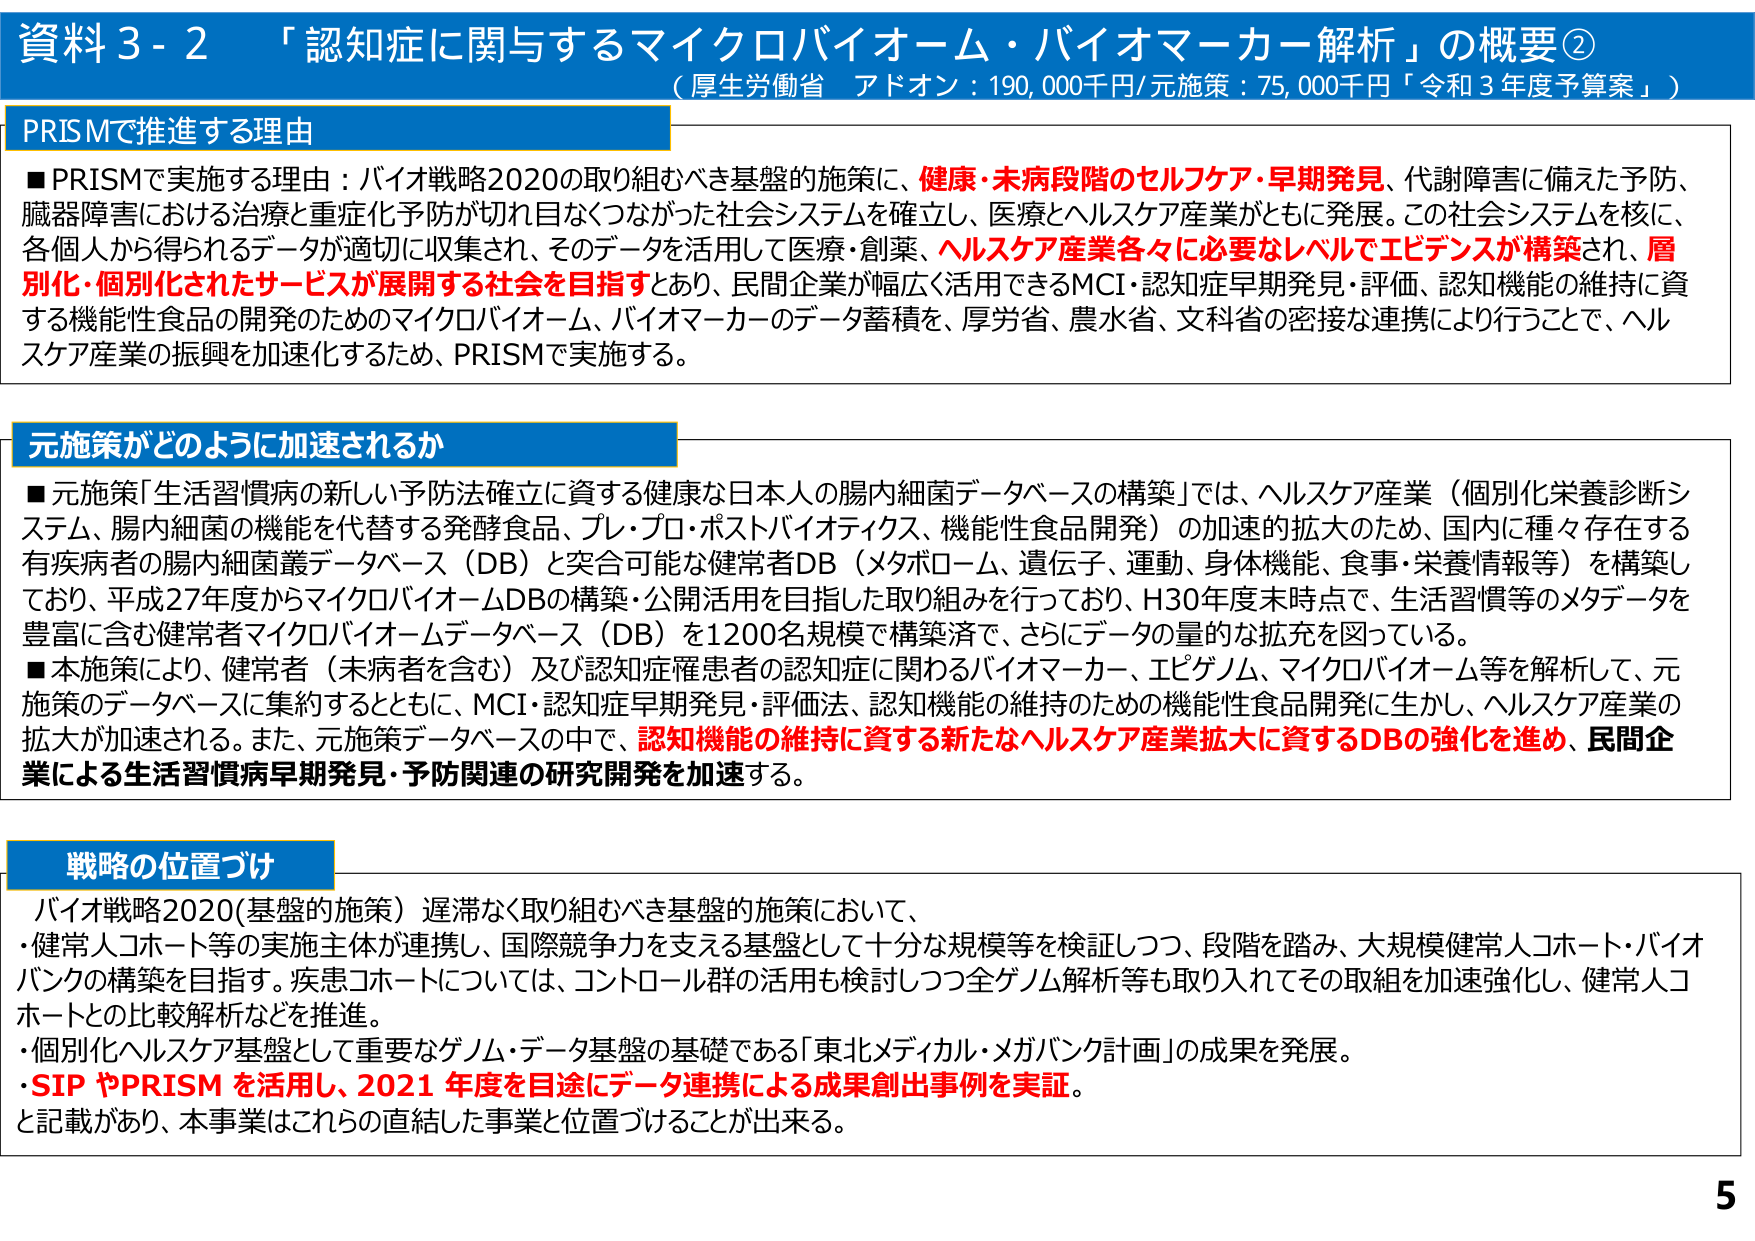
資料3-2 「認知症に関与するマイクロバイオーム・バイオマーカー解析」の概要②
（厚生労働省 アドオン：190,000千円/元施策：75,000千円「令和3年度予算案」）

PRISMで推進する理由
■PRISMで実施する理由：バイオ戦略2020の取り組むべき基盤的施策に、健康・未病段階のセルフケア・早期発見、代謝障害に備えた予防、臓器障害における治療と重症化予防が切れ目なくつながった社会システムを確立し、医療とヘルスケア産業がともに発展。この社会システムを核に、各個人から得られるデータが適切に収集され、そのデータを活用して医療・創薬、ヘルスケア産業各々に必要なレベルでエビデンスが構築され、層別化・個別化されたサービスが展開する社会を目指すとあり、民間企業が幅広く活用できるMCI・認知症早期発見・評価、認知機能の維持に資する機能性食品の開発のためのマイクロバイオーム、バイオマーカーのデータ蓄積を、厚労省、農水省、文科省の密接な連携により行うことで、ヘルスケア産業の振興を加速化するため、PRISMで実施する。

元施策がどのように加速されるか
■元施策「生活習慣病の新しい予防法確立に資する健康な日本人の腸内細菌データベースの構築」では、ヘルスケア産業（個別化栄養診断システム、腸内細菌の機能を代替する発酵食品、プレ・プロ・ポストバイオティクス、機能性食品開発）の加速的拡大のため、国内に種々存在する有疾病者の腸内細菌叢データベース（DB）と突合可能な健常者DB（メタボローム、遺伝子、運動、身体機能、食事・栄養情報等）を構築しており、平成27年度からマイクロバイオームDBの構築・公開活用を目指した取り組みを行っており、H30年度末時点で、生活習慣等のメタデータを豊富に含む健常者マイクロバイオームデータベース（DB）を1200名規模で構築済で、さらにデータ量的な拡充を図っている。
■本施策により、健常者（未病者を含む）及び認知症罹患者の認知症に関わるバイオマーカー、エピゲノム、マイクロバイオーム等を解析して、元施策のデータベースに集約するとともに、MCI・認知症早期発見・評価法、認知機能の維持のための機能性食品開発に生かし、ヘルスケア産業の拡大が加速される。また、元施策データベースの中で、認知機能の維持に資する新たなヘルスケア産業拡大に資するDBの強化を進め、民間企業による生活習慣病早期発見・予防関連の研究開発を加速する。

戦略の位置づけ
バイオ戦略2020（基盤的施策）遅滞なく取り組むべき基盤的施策において、
・健常人コホート等の実施主体が連携し、国際競争力を支える基盤として十分な規模等を検証しつつ、段階を踏み、大規模健常人コホート・バイオバンクの構築を目指す。疾患コホートについては、コントロール群の活用も検討しつつ全ゲノム解析等も取り入れてその取組を加速強化し、健常人コホートとの比較解析などを推進。
・個別化ヘルスケア基盤として重要なゲノム・データ基盤の基礎である「東北メディカル・メガバンク計画」の成果を発展。
・SIP やPRISM を活用し、2021 年度を目途にデータ連携による成果創出事例を実証。
と記載があり、本事業はこれらの直結した事業と位置づけることが出来る。

5